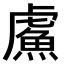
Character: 𫊣